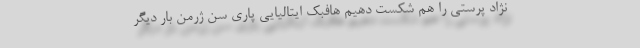
نژاد پرستی را هم شکست دهیم هافبک ایتالیایی پاری سن ژرمن بار دیگر